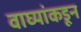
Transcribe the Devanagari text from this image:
वाघ्यांकडून